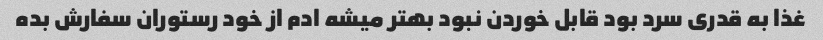
غذا به قدری سرد بود قابل خوردن نبود بهتر میشه ادم از خود رستوران سفارش بده